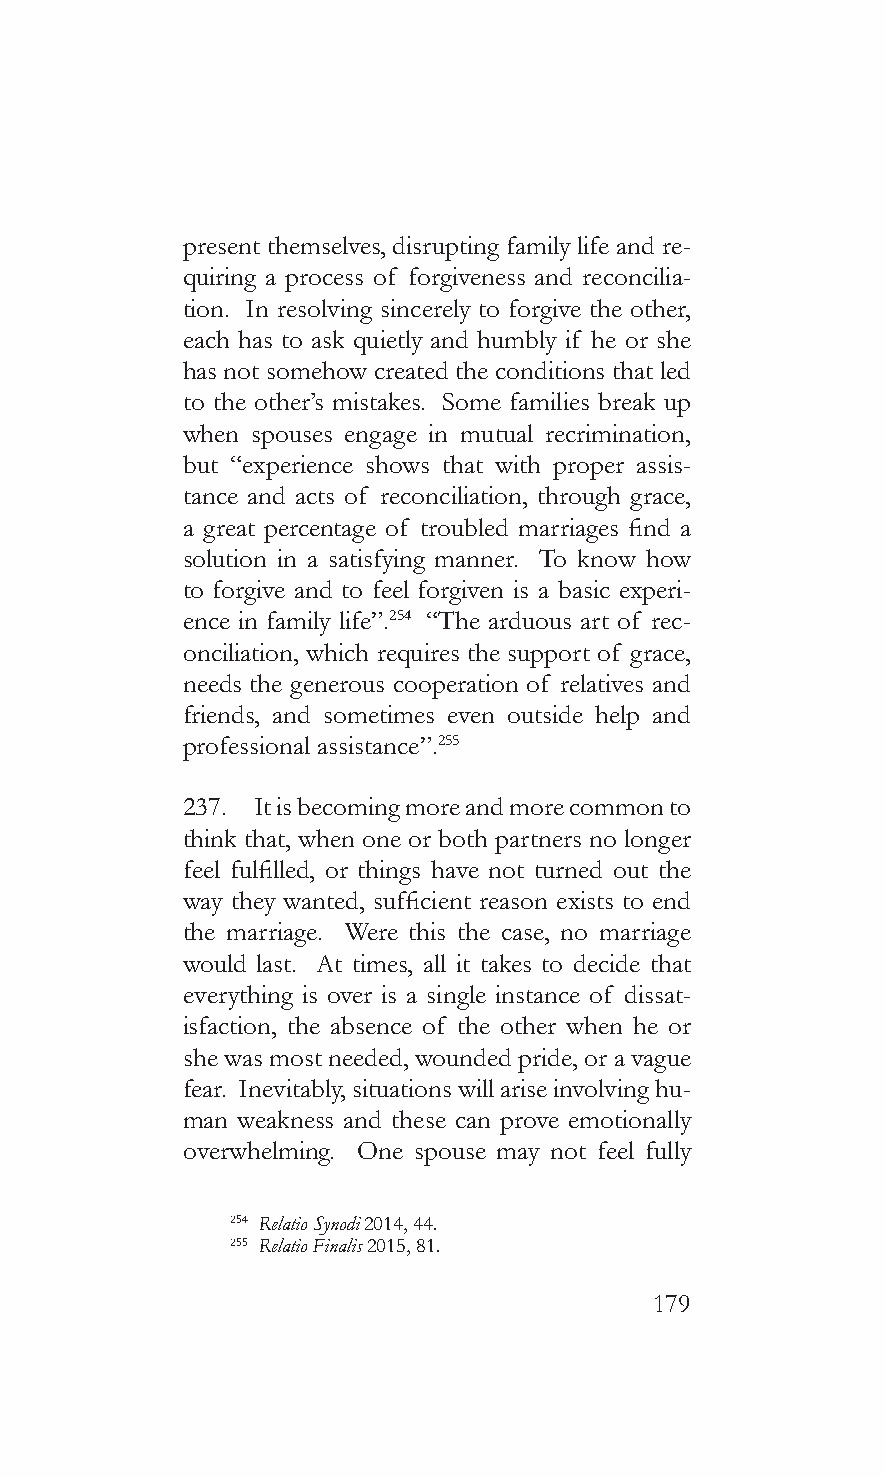
present themselves, disrupting family life and re-
 quiring a process of forgiveness and reconcilia-
 tion. In resolving sincerely to forgive the other,
 each has to ask quietly and humbly if he or she
 has not somehow created the conditions that led
 to the other’s mistakes. Some families break up
 when spouses engage in mutual recrimination,
 but “experience shows that with proper assis-
 tance and acts of reconciliation, through grace,
 a great percentage of troubled marriages find a
 solution in a satisfying manner. To know how
 to forgive and to feel forgiven is a basic experi-
 ence in family life”.254 “The arduous art of rec-
 onciliation, which requires the support of grace,
 needs the generous cooperation of relatives and
 friends, and sometimes even outside help and
 professional assistance”.255
 237. It is becoming more and more common to
 think that, when one or both partners no longer
 feel fulfilled, or things have not turned out the
 way they wanted, sufficient reason exists to end
 the marriage. Were this the case, no marriage
 would last. At times, all it takes to decide that
 everything is over is a single instance of dissat-
 isfaction, the absence of the other when he or
 she was most needed, wounded pride, or a vague
 fear. Inevitably, situations will arise involving hu-
 man weakness and these can prove emotionally
 overwhelming. One spouse may not feel fully
 254 Relatio Synodi 2014, 44.
 255 Relatio Finalis 2015, 81.
 179